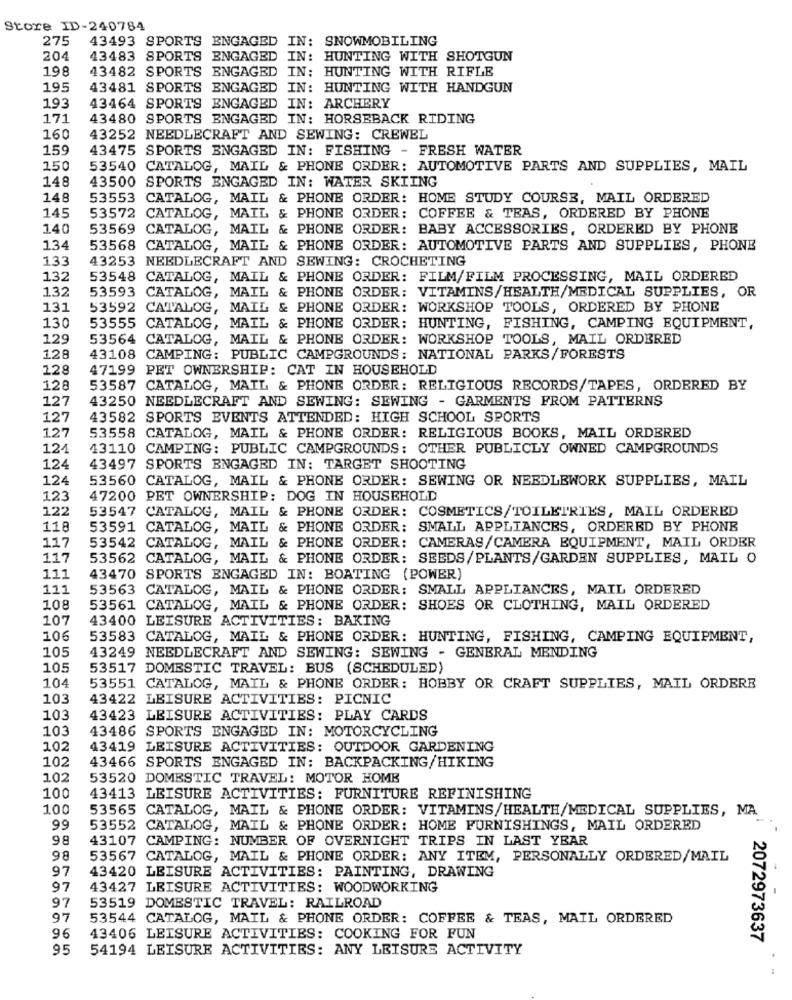
Store ID-240784
275
43493 SPORTS ENGAGED IN: SNOWMOBILING
204
43483 SPORTS
ENGAGED IN: HUNTING WITH SHOTGUN
198
43482 SPORTS
ENGAGED IN: HUNTING WITH RIFLE
195
43481 SPORTS
ENGAGED IN: HUNTING WITH HANDGUN
193
43464 SPORTS
ENGAGED IN: ARCHERY
171
43480 SPORTS ENGAGED IN: HORSEBACK RIDING
160
43252 NEEDLECRAFT AND SEWING: CREWEL
159
43475 SPORTS ENGAGED IN: FISHING - FRESH WATER
150
53540 CATALOG, MAIL & PHONE ORDER: AUTOMOTIVE PARTS AND SUPPLIES, MAIL
148
43500 SPORTS ENGAGED IN: WATER SKIING
148
53553 CATALOG, MAIL & PHONE ORDER: HOME STUDY COURSE, MAIL ORDERED
145
53572 CATALOG, MAIL & PHONE ORDER: COFFEE & TEAS, ORDERED BY PHONE
140
53569 CATALOG, MAIL & PHONE ORDER: BABY ACCESSORIES, ORDERED BY PHONE
134
53568 CATALOG, MAIL & PHONE ORDER: AUTOMOTIVE PARTS AND SUPPLIES, PHONE
133
43253 NEEDLECRAFT AND SEWING: CROCHETING
132
53548 CATALOG, MAIL & PHONE ORDER: FILM/FILM PROCESSING, MAIL ORDERED
132
53593 CATALOG, MAIL & PHONE ORDER: VITAMINS/HEALTH/MEDICAL SUPPLIES, OR
131
53592 CATALOG, MAIL & PHONE ORDER: WORKSHOP TOOLS, ORDERED BY PHONE
130
53555 CATALOG, MAIL & PHONE ORDER: HUNTING, FISHING, CAMPING EQUIPMENT,
1,29
53564 CATALOG, MAIL & PHONE ORDER: WORKSHOP TOOLS, MAIL ORDERED
128
43108 CAMPING: PUBLIC CAMPGROUNDS: NATIONAL PARKS/FORESTS
128
47199 PET OWNERSHIP: CAT IN HOUSEHOLD
128
53587 CATALOG, MAIL & PHONE ORDER: RELIGIOUS RECORDS/TAPES, ORDERED BY
127
43250 NEEDLECRAFT AND SEWING: SEWING - GARMENTS FROM PATTERNS
127
43582 SPORTS EVENTS ATTENDED: HIGH SCHOOL SPORTS
127
53558 CATALOG, MAIL & PHONE ORDER: RELIGIOUS BOOKS, MAIL ORDERED
124
43110 CAMPING: PUBLIC CAMPGROUNDS: OTHER PUBLICLY OWNED CAMPGROUNDS
124
43497 SPORTS ENGAGED IN: TARGET SHOOTING
124
53560 CATALOG, MAIL & PHONE ORDER: SEWING OR NEEDLEWORK SUPPLIES, MAIL
123
47200 PET OWNERSHIP: DOG IN HOUSEHOLD
122
53547 CATALOG, MAIL & PHONE ORDER: COSMETICS/TOILETRIES, MAIL ORDERED
118
53591 CATALOG, MAIL & PHONE ORDER: SMALL APPLIANCES, ORDERED BY PHONE
53542 CATALOG, MAIL & PHONE ORDER: CAMERAS/CAMERA EQUIPMENT, MAIL ORDER
117
117
53562 CATALOG, MAIL & PHONE ORDER: SEEDS/PLANTS/GARDEN SUPPLIES, MAIL O
111
43470 SPORTS ENGAGED IN: BOATING (POWER)
111
53563 CATALOG, MAIL & PHONE ORDER: SMALL APPLIANCES, MAIL ORDERED
108
53561 CATALOG, MAIL & PHONE ORDER: SHOES OR CLOTHING, MAIL ORDERED
107
43400 LEISURE ACTIVITIES: BAKING
106
53583 CATALOG, MAIL & PHONE ORDER: HUNTING, FISHING, CAMPING EQUIPMENT,
105
43249 NEEDLECRAFT AND SEWING: SEWING - GENERAL MENDING
105
53517 DOMESTIC TRAVEL: BUS (SCHEDULED)
104
53551 CATALOG, MAIL & PHONE ORDER: HOBBY OR CRAFT SUPPLIES, MAIL ORDERE
103
43422 LEISURE ACTIVITIES: PICNIC
103
43423 LEISURE ACTIVITIES: PLAY CARDS
103
43486 SPORTS ENGAGED IN: MOTORCYCLING
102
43419 LEISURE ACTIVITIES: OUTDOOR GARDENING
102
43466 SPORTS ENGAGED IN: BACKPACKING/HIKING
102
53520 DOMESTIC TRAVEL: MOTOR HOME
100
43413 LEISURE ACTIVITIES: FURNITURE REFINISHING
100
53565 CATALOG, MAIL & PHONE ORDER: VITAMINS/HEALTH/MEDICAL SUPPLIES, MA
99
53552 CATALOG, MAIL & PHONE ORDER: HOME FURNISHINGS, MAIL ORDERED
98
43107 CAMPING: NUMBER OF OVERNIGHT TRIPS IN LAST YEAR
98
53567 CATALOG, MAIL & PHONE ORDER: ANY ITEM, PERSONALLY ORDERED/MAIL
97
43420 LEISURE ACTIVITIES: PAINTING, DRAWING
97
43427 LEISURE ACTIVITIES: WOODWORKING
97
53519 DOMESTIC TRAVEL: RAILROAD
97
53544 CATALOG, MAIL & PHONE ORDER: COFFEE & TEAS, MAIL ORDERED
96
43406 LEISURE ACTIVITIES: COOKING FOR FUN
2072973637
95
54194 LEISURE ACTIVITIES: ANY LEISURE ACTIVITY
..